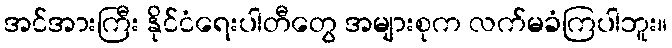
အင်အားကြီး နိုင်ငံရေးပါတီတွေ အများစုက လက်မခံကြပါဘူး။